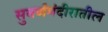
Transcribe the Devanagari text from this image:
सुवर्णमंदीरातील